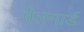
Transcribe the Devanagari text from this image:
बेलगार्ड